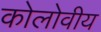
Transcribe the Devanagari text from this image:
कोलोवीय